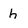
Character: h